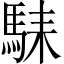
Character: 𱄛